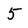
Character: 5